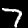
Label: 7